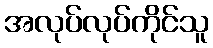
အလုပ်လုပ်ကိုင်သူ